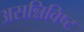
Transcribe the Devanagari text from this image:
असन्निविष्ट